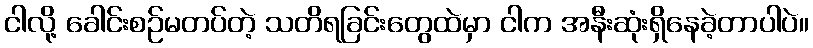
ငါလို့ ခေါင်းစဉ်မတပ်တဲ့ သတိရခြင်းတွေထဲမှာ ငါက အနီးဆုံးရှိနေခဲ့တာပါပဲ။